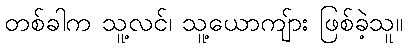
တစ်ခါက သူ့လင်၊ သူ့ယောကျ်ား ဖြစ်ခဲ့သူ။